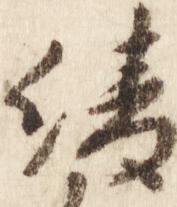
綾